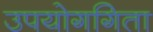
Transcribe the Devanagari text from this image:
उपयोगगिता